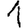
Digit: 1